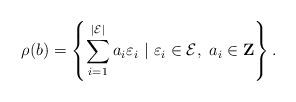
LaTeX: \begin{align*}\rho(b)= \left\{\sum_{i=1}^{|{\cal E}|} a_i\varepsilon_i ~|~ \varepsilon_i\in {\cal E}, ~a_i\in \mathbf{Z}\right\}. \end{align*}